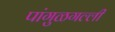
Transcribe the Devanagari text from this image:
पांगुळगल्ली